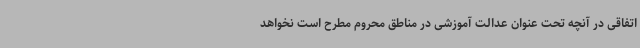
اتفاقی در آنچه تحت عنوان عدالت آموزشی در مناطق محروم مطرح است نخواهد